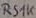
Text: RS1K